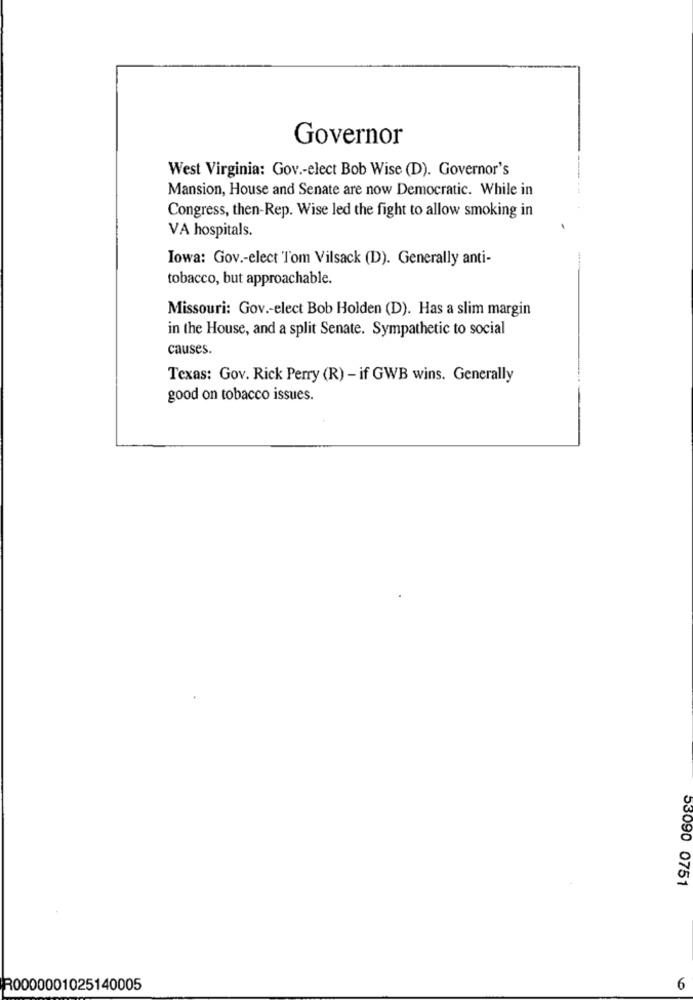
Governor
West Virginia: Gov .- elect Bob Wise (D). Governor's
Mansion, House and Senate are now Democratic. While in
Congress, then-Rep. Wise led the fight to allow smoking in
VA hospitals.
Iowa: Gov .- elect Tom Vilsack (D). Generally anti-
tobacco, but approachable.
Missouri: Gov .- elect Bob Holden (D). Has a slim margin
in the House, and a split Senate. Sympathetic to social
causes.
Texas: Gov. Rick Perry (R) - if GWB wins. Generally
good on tobacco issues.
53090 0751
R0000001025140005
6